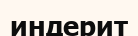
индерит